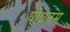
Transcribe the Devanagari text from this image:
योधनम्